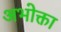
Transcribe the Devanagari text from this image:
अभोक्ता